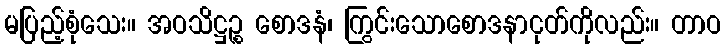
မပြည့်စုံသေး။ အဝသိဋ္ဌဉ္စ စောဒနံ၊ ကြွင်းသောစောဒနာငုတ်ကိုလည်း။ တာဝ